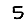
Digit: 5